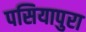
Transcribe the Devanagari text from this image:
पसियापुरा